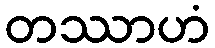
တဿာဟံ